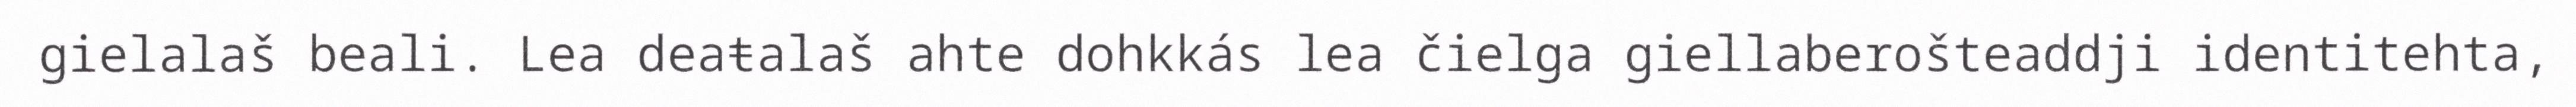
gielalaš beali. Lea deaŧalaš ahte dohkkás lea čielga giellaberošteaddji identitehta,